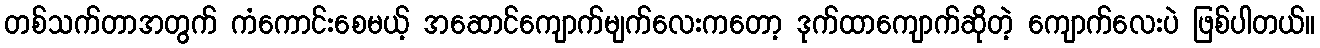
တစ်သက်တာအတွက် ကံကောင်းစေမယ့် အဆောင်ကျောက်မျက်လေးကတော့ ဒုက်ထာကျောက်ဆိုတဲ့ ကျောက်လေးပဲ ဖြစ်ပါတယ်။